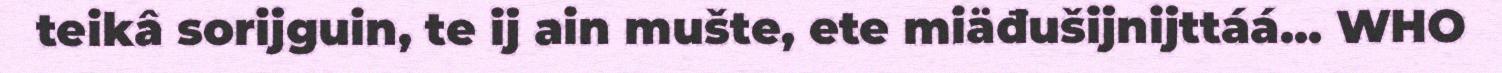
teikâ sorijguin, te ij ain mušte, ete miäđušijnijttáá... WHO